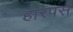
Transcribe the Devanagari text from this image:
हारपर्स